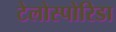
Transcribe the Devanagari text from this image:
टेलोस्पोरिडा